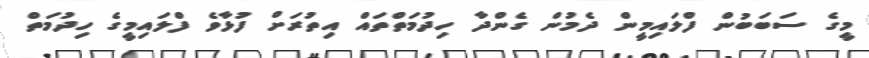
މީގެ ސަބަބުން ފްލައިމީން ދެމުން ގެންދާ ހިދުމަތްތައް އިތުރަށް ފުޅާވެ ފްލައިމީގެ ހިދުމަތް